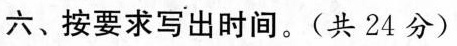
六、按要求写出时间。(共24分)